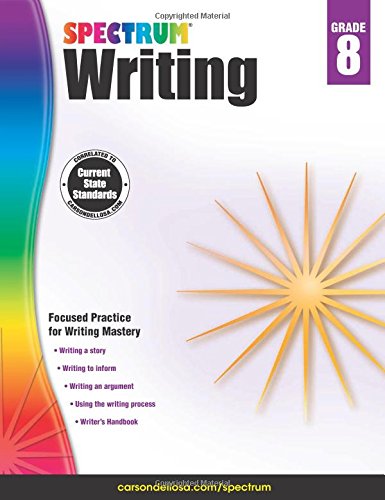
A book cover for Spectrum Writing, Grade 8; Teen & Young Adult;